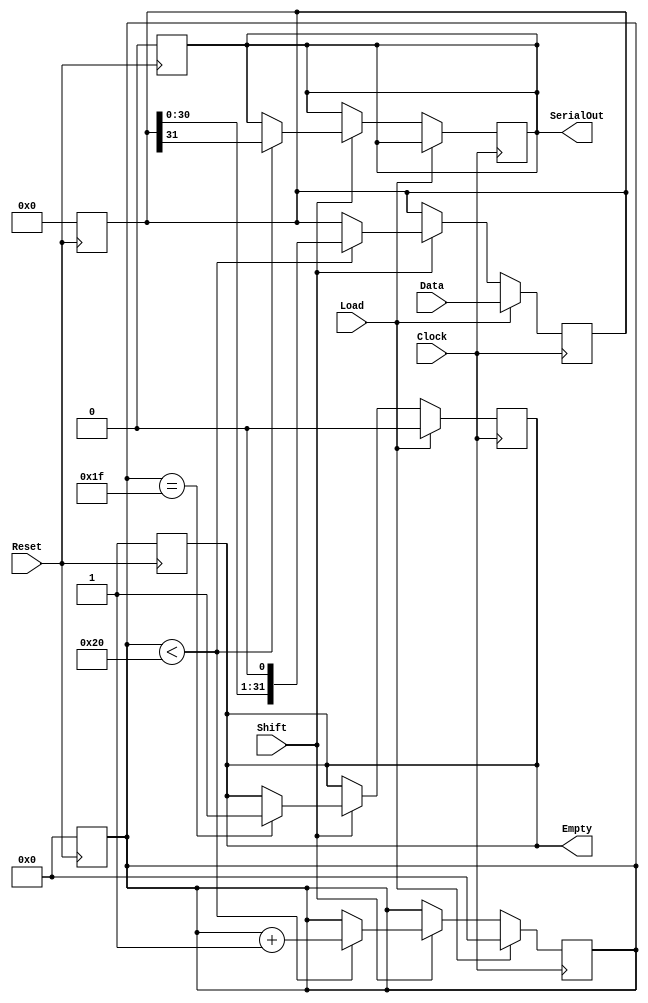
module PISO_Register (
    input wire [31:0] Data,     // 32-bit parallel input data bus
    input wire Load,            // Control signal to load data
    input wire Shift,           // Control signal to shift data out
    input wire Clock,           // Clock signal
    input wire Reset,           // Asynchronous reset signal
    output reg SerialOut,       // Serial output
    output reg Empty            // Indicates if the register is empty
);

    reg [31:0] shift_reg;       // 32-bit shift register
    reg [5:0] bit_counter;      // 6-bit counter to track bits shifted out

    // Asynchronous reset
    always @(posedge Reset) begin
        shift_reg <= 32'b0;      // Clear the shift register
        bit_counter <= 6'b0;     // Reset the bit counter
        SerialOut <= 1'b0;       // Clear the SerialOut
        Empty <= 1'b1;           // Register is empty
    end

    // Sequential logic for loading and shifting
    always @(posedge Clock) begin
        if (Load) begin
            shift_reg <= Data;    // Load data into shift register
            bit_counter <= 6'b0;   // Reset the bit counter
            Empty <= 1'b0;         // Register is not empty
        end else if (Shift) begin
            if (bit_counter < 32) begin
                SerialOut <= shift_reg[31]; // Shift out MSB
                shift_reg <= {shift_reg[30:0], 1'b0}; // Shift left
                bit_counter <= bit_counter + 1; // Increment counter
            end
            if (bit_counter == 31) begin
                Empty <= 1'b1; // Set Empty when all bits are shifted out
            end
        end
    end

endmodule